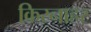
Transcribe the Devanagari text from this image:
किरनाहर